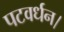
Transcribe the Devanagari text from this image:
पटवर्धन।